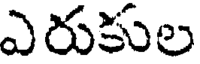
ఎరుకుల